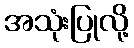
အသုံးပြုလို့